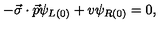
- \vec { \sigma } \cdot \vec { p } \psi _ { L ( 0 ) } + v \psi _ { R ( 0 ) } = 0 ,